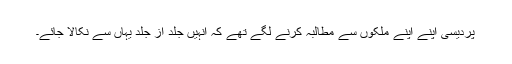
پردیسی اپنے اپنے ملکوں سے مطالبہ کرنے لگے تھے کہ انہیں جلد از جلد یہاں سے نکالا جائے۔